Vaccination in Burma 1912-1922 - 1912-1922
Year: 1912
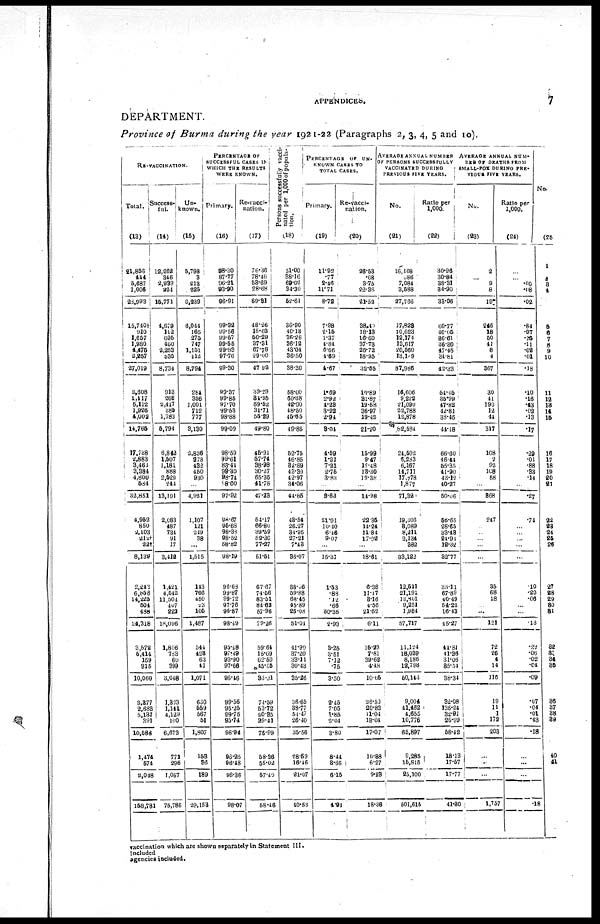
APPENDICES .
7
DEPARTMENT.
Province of Burma during the year 1921-22 (Paragraphs 2, 3, 4, 5 and 10).
RE-VACCINATION.
Total.
(13)
21,856
444
5,687
1,006
28,993
15,740†
910
1,657
1,980
4,475
2,257
27,019
2,608
1,117
5,112
1,926
4,002
14,765
17,738
2,883
3,462
3,384
4,800
5840
32,851
4,952
850
2,103
212†
22†
8,139
2,249
6,858
14,225
504
488
14,318
3,572
5,414
159
915
10,060
2,377
2,683
5,137
391
10,588
1,474
574
2,048
...
158,781
...
Success-
ful.
(14)
12,262
346
2,939
224
15,771
4,679
112
695
460
2,253
535
8,734
913
266
2,447
385
1,783
5,794
6,842
1,507
1,181
888
2,529
244
13,191
2,083
487
734
91
17
3,412
1,421
4,512
11,504
407
222
18,096
1,806
783
60
399
3,048
1,303
1,141
4,129
100
6,673
771
296
1,067
...
75,786
...
Un¬
known.
(15)
5,798
3
213
325
6,239
6,044
165
275
747
1,151
412
8,794
284
356
1,001
712
777
3,130
2,836
273
432
450
930
...
4,921
1,107
121
249
38
...
1,515
143
766
450
23
105
1,487
544
423
63
41
1,071
630
559
567
51
1,807
153
36
189
...
29,153
...
PERCENTAGE OF
SUCCESSFUL CASES IN
WHICH THE RESULTS
WERE KNOWN.
Primary.
(16)
98.30
87.77
96.21
93.90
96.91
99.32
99.56
99.57
99.55
99.83
97.76
99.30
99.37
99.85
97.70
99.53
98.88
99.09
98.59
99.61
83.44
99.30
98.74
98.00
97.92
98.67
95.68
98.38
98.52
58.82
98.19
96.68
99.87
99.72
97.76
96.87
98.49
95.48
97.49
93.90
97.66
96.46
99.56
95.25
99.75
95.74
96.94
96.25
96.48
96.36
...
98.07
...
Re-vacci-
nation.
(17)
76.36
78.46
53.69
28.68
69.31
48.26
15.03
50.29
37.31
67.78
29.00
47.92
39.29
34.95
59.52
31.71
55.29
49.80
45.91
57.74
38.98
30.27
65.35
41.78
47.23
54.17
66.80
39.59
52.30
77.27
51.51
67.67
74.56
83.51
84.62
57.96
79.26
59.64
15.69
62.50
45.65
33.91
74.59
53.72
90.35
29.41
75.99
58.36
55.02
57.40
...
58.46
...
Persons successfully vacci-
nated per 1,000 of popula-
tion.
(18)
51.00
38.16
69.02
34.30
52.61
36.90
40.13
36.26
36.12
43.04
36.50
38.30
58.00
60.38
42.90
48.50
45.65
49.86
52.75
46.85
82.89
43.39
42.97
34.06
44.85
48.54
26.27
34.95
27.21
7.43
36.07
38.06
59.88
68.45
45.89
25.08
51.04
41.90
37.20
33.11
30.43
35.26
36.65
38.77
54.47
26.40
35.56
28.59
16.46
21.07
...
40.53
...
PERCENTAGE OF UN-
----- CASES TO
TOTAL CASES.
Primary.
(19)
11.92
.77
2.46
11.71
8.72
7.98
2.15
1.37
4.84
6.66
4.69
4.67
1.69
2.92
4.23
3.22
2.94
3.04
4.59
1.21
7.21
2.75
3.83
...
3.63
21.91
10.40
6.46
9.07
...
15.31
1.53
.88
.12
.66
30.35
2.93
3.25
3.51
7.12
.75
3.50
2.45
7.05
1.85
2.04
3.80
8.44
3.66
6.15
...
4.94
...
Re-vacci¬
nation.
(20)
26.53
.68
3.75
22.36
21.52
38.40
18.13
16.60
37.73
25.72
18.25
32.55
10.89
31.87
19.58
36.97
19.42
21.20
15.99
9.47
12.48
13.30
19.38
...
14.98
22.35
14.24
11.84
17.92
...
18.61
6.38
11.17
3.16
4.56
21.52
6.11
15.23
7.81
39.62
4.48
10.65
26.50
20.83
11.04
13.04
17.07
10.38
6.27
9.23
...
18.36
...
AVERAGE ANNUAL NUMBER
OF PERSONS SUCCESSFULLY
VACCINATED DURING
PREVIOUS FIVE YEARS.
No.
(21)
16,108
686
7,084
3,588
27,766
17,828
10,623
12,174
13,617
20,560
13,189
87,986
16,606
9,222
21,090
22,788
12,878
82,584
24,502
6,283
6,167
14,711
17,778
1,877
71,32
19,306
8,089
8,211
2,134
882
33,122
12,511
21,191
12,801
9,251
1,964
57,717
11,124
18,039
8,186
12,793
50,143
9,004
41,462
4,655
10,776
65,897
9,285
15,815
25,100
...
501,615
...
Ratio per
1,000.
(22)
30.96
30.84
38.31
34.90
33.06
60.77
40.05
36.61
36.30
47.45
34.81
42.33
54.45
35.99
47.82
42.81
38.45
44.18
66.60
46.44
55.35
41.90
43.12
40.27
50.06
56.65
28.65
33.43
24.91
12.32
32.77
38.11
67.89
40.49
54.22
16.43
45.27
44.81
41.86
31.06
35.54
38.34
32.08
135.24
32.91
26.99
58.42
18.13
17.57
17.77
...
41.30
...
AVERAGE ANNUAL NUM-
BER OF DEATHS FROM
SMALL-POX DURING PRE-
VIOUS FIVE YEARS.
No.
(23)
2
... 9
8
19
246
18
50
41
8
4
367
30
41
190
12
44
317
108
2
92
108
58
...
368
247
...
...
... ...
...
35
68
18
... ...
121
72
26
4
14
116
19
11
1
172
203
...
...
...
...
1,757
...
Ratio per
1,000.
(24)
...
...
.05
.08
.02
.84
.07
.15
.11
.02
.01
.18
.10
.16
.43
.62
.13
.17
.29
.01
.88
.33
.14
...
.27
.74
...
... ...
...
...
.10
.22
.06
...
...
.18
.29
.06
.02
.04
.09
.07
.04
.01
.43
.18
...
...
...
...
.18
...
No.
(25)
1
2
3
4
5
6
7
8
9
10
11
12
13
14
15
16
17
18
19
20
21
22
23
24
25
26
27
28
29
30
81
32
33
34
35
36
37
38
39
40
41
vaccination which are shown separately in Statement III.
included
agencies included.